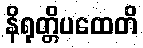
နိရုတ္တိပထေတိ